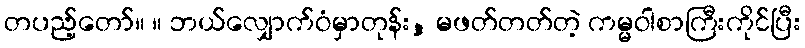
တပည့်တော်။ ။ ဘယ်လျှောက်ဝံမှာတုန်း, မဖတ်တတ်တဲ့ ကမ္မဝါစာကြီးကိုင်ပြီး